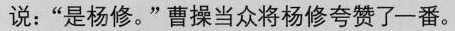
说：“是杨修。”曹操当众将杨修夸赞了一番。